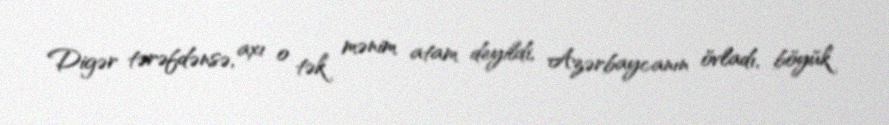
Digər tərəfdənsə, axı o tək mənim atam deyildi, Azərbaycanın övladı, böyük